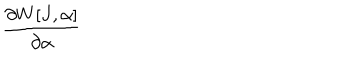
\frac { \partial W [ J , \alpha ] } { \partial \alpha }